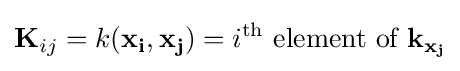
\mathbf {K} _{ij}=k(\mathbf {x_{i}} ,\mathbf {x_{j}} )=i^{\text{th}}{\text{ element of }}\mathbf {k} _{\mathbf {x_{j}} }